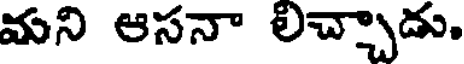
మని ఆసనా లిచ్చాడు.